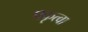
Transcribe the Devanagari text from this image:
प्रकृत्वा